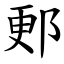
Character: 郠